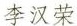
李汉荣